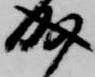
成